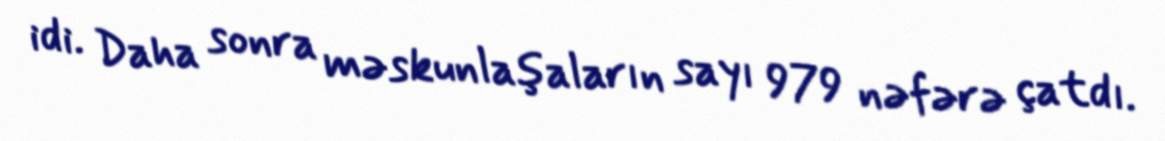
idi. Daha sonra məskunlaşaların sayı 979 nəfərə çatdı.